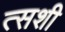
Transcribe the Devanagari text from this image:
त्सशी